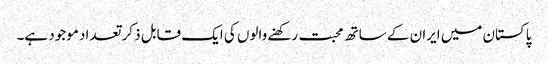
پاکستان میں ایران کے ساتھ محبت رکھنے والوں کی ایک قابل ذکر تعداد موجود ہے۔